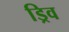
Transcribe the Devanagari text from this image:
ड्रिव